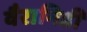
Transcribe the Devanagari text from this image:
वैरानिडी